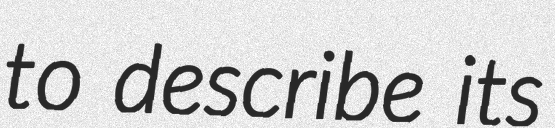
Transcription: to describe its